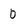
Character: 0